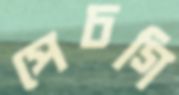
পেচগি